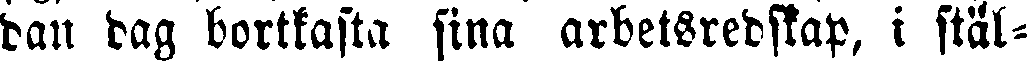
dan dag bortkasta sina arbetsredskap, i stäl-